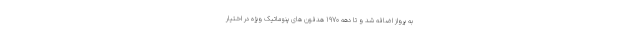
به پرواز اضافه شد و تا دهه 1970 هدفون های پنوماتیک ویژه در اختیار